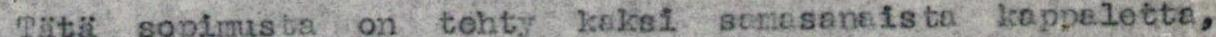
Tätä sopimusta on tehty  kaksi samansanaista kappeletta,